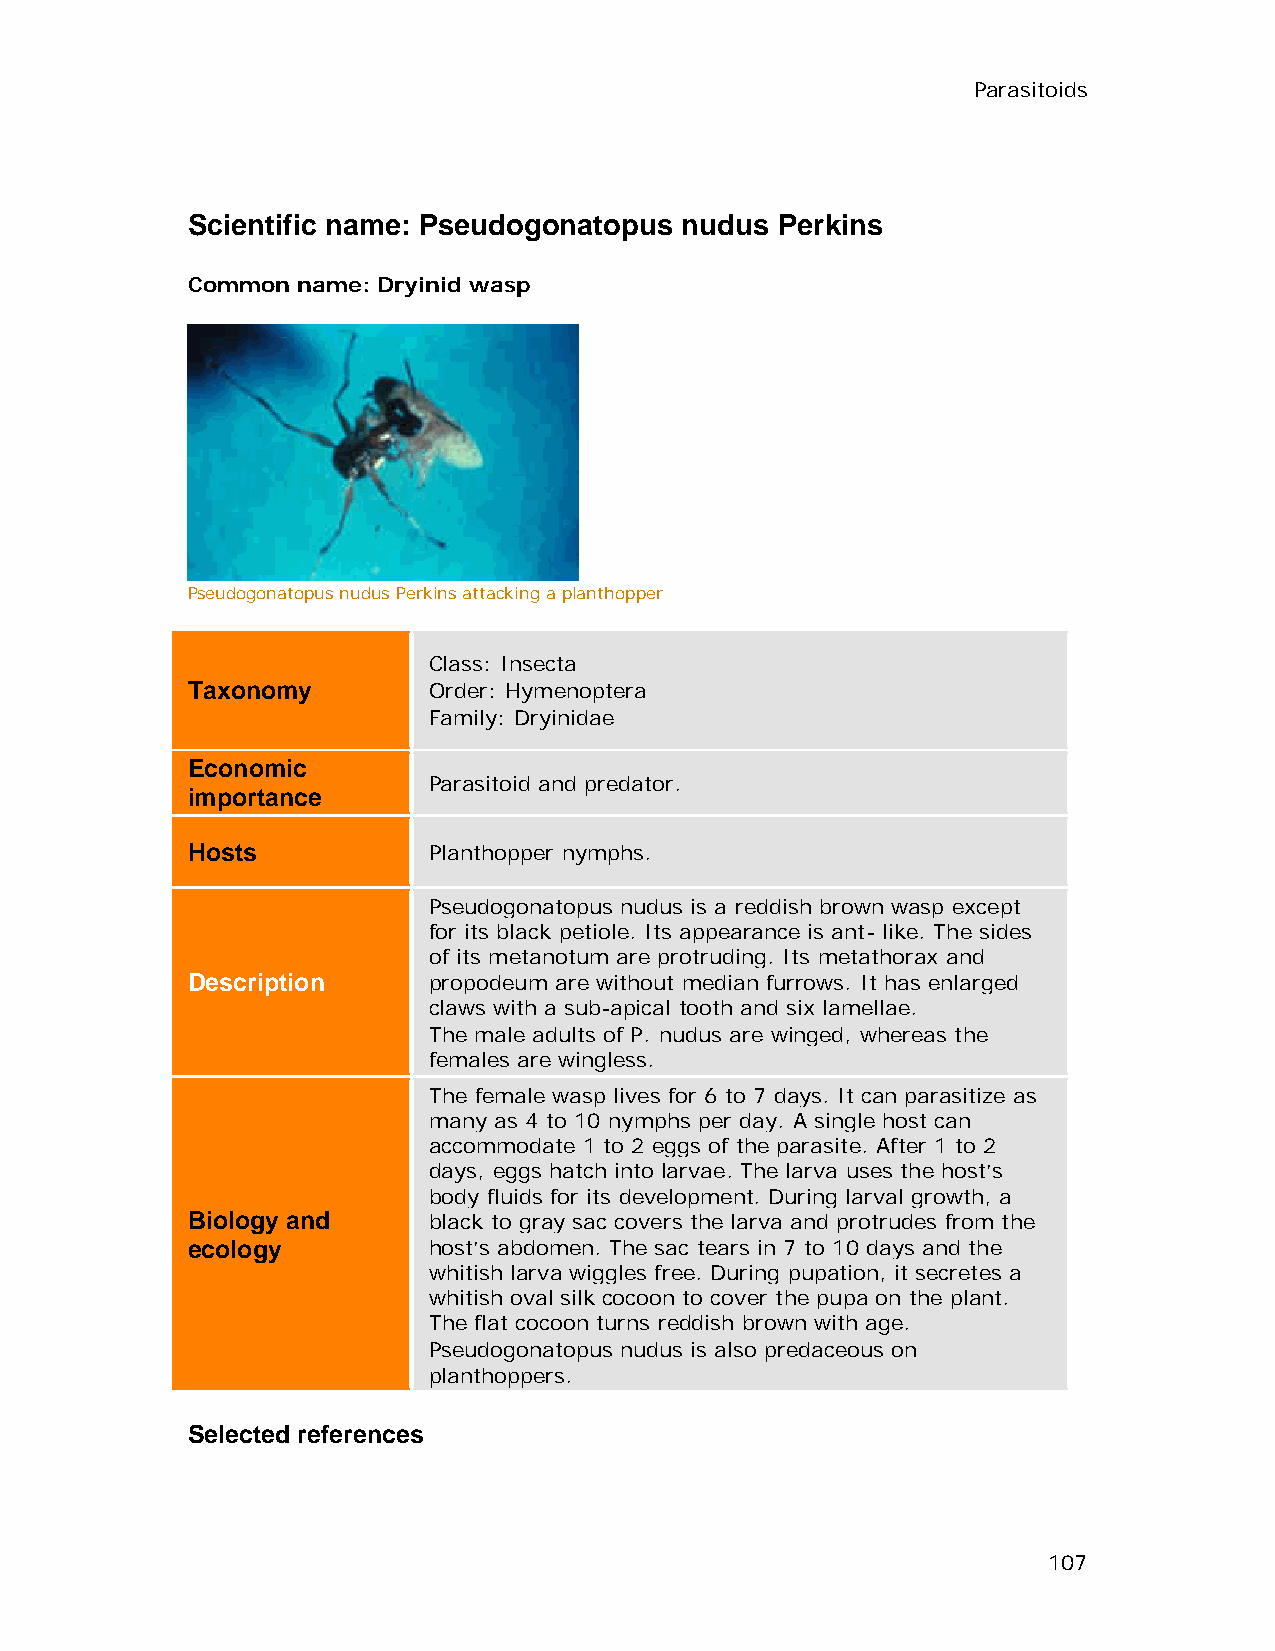
Parasitoids
 Scientific name: Pseudogonatopus nudus Perkins
 Common  name: Dryinid wasp
 Pseudogonatopus nudus Perkins attacking a planthopper
 Class: Insecta
 Taxonomy        Order: Hymenoptera
 Family: Dryinidae
 Economic
 Parasitoid and predator.
 importance
 Hosts           Planthopper nymphs.
 Pseudogonatopus nudus is a reddish brown wasp except
 for its black petiole. Its appearance is ant- like. The sides
 of its metanotum are protruding. Its metathorax and
 Description     propodeum are without median furrows. It has enlarged
 claws with a sub-apical tooth and six lamellae.
 The male adults of P. nudus are winged, whereas the
 females are wingless.
 The female wasp lives for 6 to 7 days. It can parasitize as
 many as 4 to 10 nymphs per day. A single host can
 accommodate 1 to 2 eggs of the parasite. After 1 to 2
 days, eggs hatch into larvae. The larva uses the host’s
 body fluids for its development. During larval growth, a
 Biology and     black to gray sac covers the larva and protrudes from the
 ecology         host’s abdomen. The sac tears in 7 to 10 days and the
 whitish larva wiggles free. During pupation, it secretes a
 whitish oval silk cocoon to cover the pupa on the plant.
 The flat cocoon turns reddish brown with age.
 Pseudogonatopus nudus is also predaceous on
 planthoppers.
 Selected references
 107